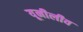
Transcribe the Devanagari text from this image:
यूनीलीव